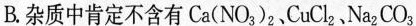
B.杂质中肯定不含有Ca(NO_{3})_{2}、CuCl_{2}、Na_{2}CO_{3}